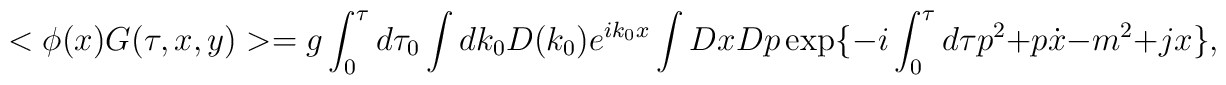
<\phi(x) G(\tau,x,y) > = g \int_0^\tau d \tau_0 \int dk_0 D(k_0) e^{i k_0 x}\int Dx Dp \exp\{-i \int_0^\tau d\tau p^2 + p\dot x - m^2 +j x \},